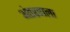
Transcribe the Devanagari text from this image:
अंतरवाला